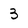
Character: 3